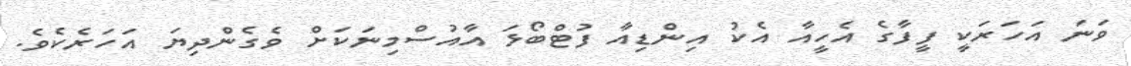
ވަނަ އަހަރަކީ ފީފާގެ އެހީއާ އެކު އިންޑިއާ ފުޓްބޯޅަ އާއުސްމިނަކަށް ވެގެންދިޔަ އަހަރެކެވެ.